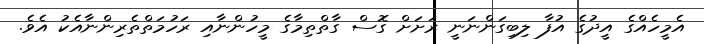
އެމީހެއްގެ އީދުގެ އުފާ ލިބިގަންނަނީ ރަށަށް ގޮސް ގާތްތިމާގެ މީހުންނާއި ރަހުމަތްތެރިންނާއެކު އެވެ.